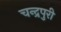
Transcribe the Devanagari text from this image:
चन्द्रपुरी